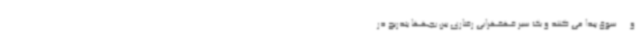
و ... سوق پیدا می کنند و یک سیر قهقهرایی رفتاری بین بچهها بتدریج در